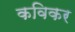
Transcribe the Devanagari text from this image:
कविकर